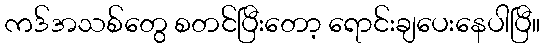
ကဒ်အသစ်တွေ စတင်ပြီးတော့ ရောင်းချပေးနေပါပြီ။